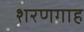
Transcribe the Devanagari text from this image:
शरणगाह